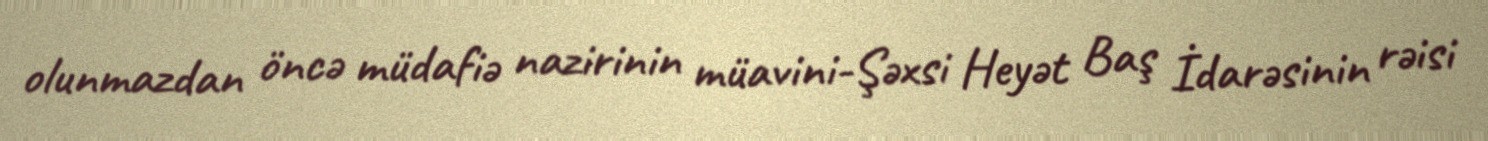
olunmazdan öncə müdafiə nazirinin müavini-Şəxsi Heyət Baş İdarəsinin rəisi